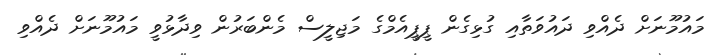
މައުމޫނަށް ދެއްވި ދައުވަތާއި ގުޅިގެން ޕީޕީއެމްގެ މަޖިލީސް މެންބަރުން ވިދާޅުވީ މައުމޫނަށް ދެއްވި